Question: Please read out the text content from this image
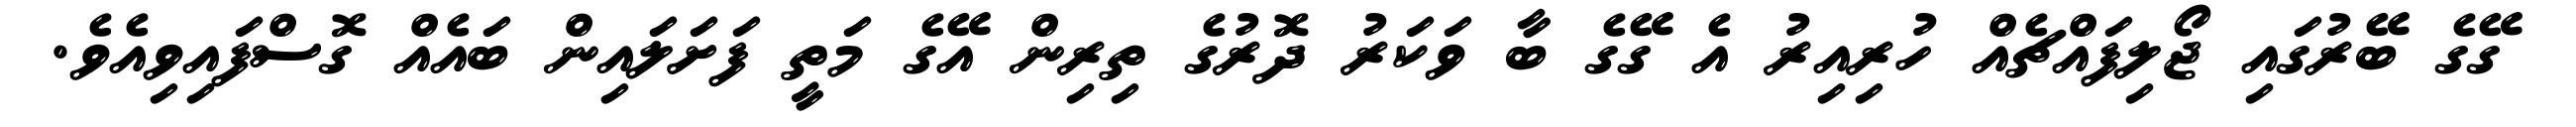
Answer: ގޭގެ ބޭރުގައި ޖޯލިފައްޗެއް ހުރިއިރު އެ ގޭގެ ބާ ވަކަރު ދޮރުގެ ތިރިން އޭގެ މަތީ ފަށަލައިން ބައެއް ގޮސްފައިވިއެވެ.